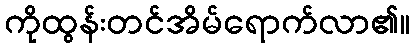
ကိုထွန်းတင်အိမ်ရောက်လာ၏။